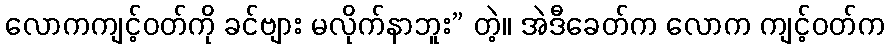
လောကကျင့်ဝတ်ကို ခင်ဗျား မလိုက်နာဘူး” တဲ့။ အဲဒီခေတ်က လောက ကျင့်ဝတ်က